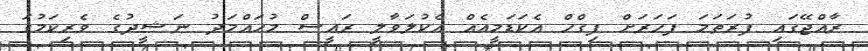
ރާއްޖޭގައި ފުރަތަމަ ފަހަރަށް ފިގްހް އެކަޑަމީއެއް އެކުލަވާލީ ރައީސް މުހައްމަދު ނަޝީދުގެ ވެރިކަމުގަ